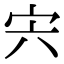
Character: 宍